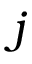
j